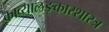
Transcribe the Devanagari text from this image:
काव्यालङ्कारशास्त्र